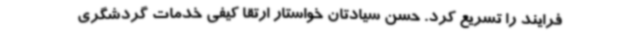
فرایند را تسریع کرد. حسن سیادتان خواستار ارتقا کیفی خدمات گردشگری